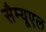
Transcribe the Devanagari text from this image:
सैम्‍यूएल